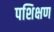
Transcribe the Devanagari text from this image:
पशिक्षण